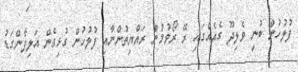
ފުލުހުން ބުނީ ވެލިދޫ ގެއެއްގައި ރޭ ރޯވުމުން ރައްޔިތުންނާއި ފުލުހުން ގުޅިގެން އަލިފާންގަޑު